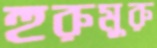
হুরুমুরু